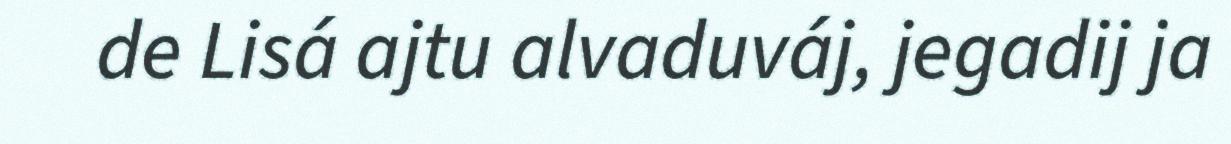
de Lisá ajtu alvaduváj, jegadij ja